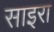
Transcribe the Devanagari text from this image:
साइरा